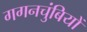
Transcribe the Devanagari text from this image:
गगनचुंबियों